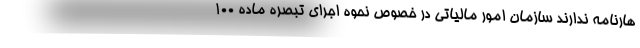
هارنامه ندارند سازمان امور مالیاتی در خصوص نحوه اجرای تبصره ماده ۱۰۰